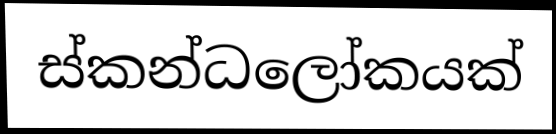
ස්කන්ධලෝකයක්